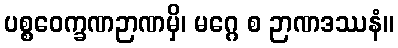
ပစ္စဝေက္ခဏဉာဏမှိ၊ မဂ္ဂေ စ ဉာဏဒဿနံ။